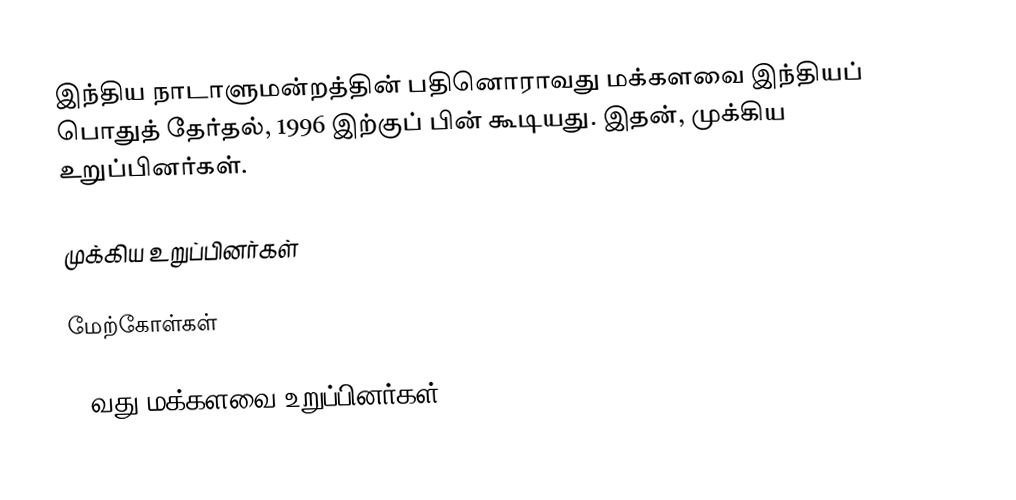
இந்திய நாடாளுமன்றத்தின் பதினொராவது மக்களவை இந்தியப் பொதுத் தேர்தல், 1996 இற்குப் பின் கூடியது. இதன், முக்கிய உறுப்பினர்கள்.

முக்கிய உறுப்பினர்கள்

மேற்கோள்கள்

11வது மக்களவை உறுப்பினர்கள்